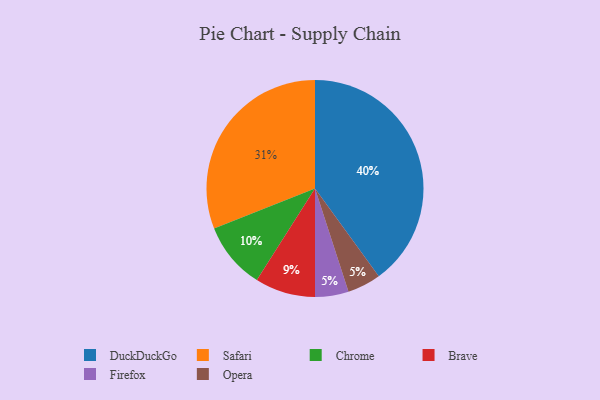
{"axis": {"x": "Category", "y": "Percentage"}, "legend": ["Brave", "Chrome", "DuckDuckGo", "Firefox", "Opera", "Safari"], "data": [{"x": "Safari", "y": 31, "type": "Safari"}, {"x": "Chrome", "y": 10, "type": "Chrome"}, {"x": "Firefox", "y": 5, "type": "Firefox"}, {"x": "Brave", "y": 9, "type": "Brave"}, {"x": "Opera", "y": 5, "type": "Opera"}, {"x": "DuckDuckGo", "y": 40, "type": "DuckDuckGo"}]}